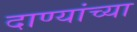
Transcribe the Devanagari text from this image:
दाण्यांच्या